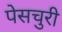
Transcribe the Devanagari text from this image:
पेसचुरी